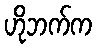
ဟိုဘက်က